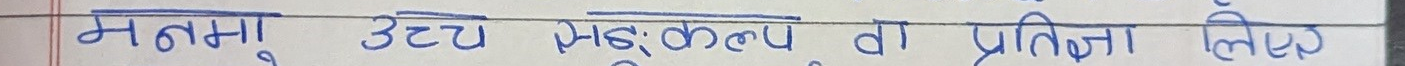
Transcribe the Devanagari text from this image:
महात्मा उट्टु झड़कल्प वा प्रतिज्ञा लेख्य